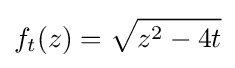
f_{t}(z)={\sqrt {z^{2}-4t}}